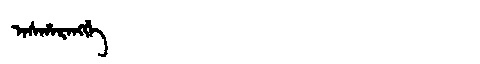
Manchu: ᠠᠰᡥᠠᡵᠠᠩᡤᡝ
Romanization: ASHARANGGE